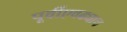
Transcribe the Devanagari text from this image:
पूर्वीएवढ्याच